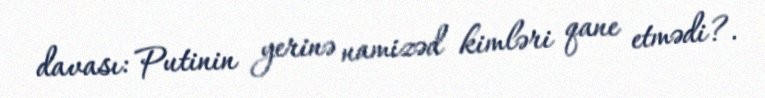
davası: Putinin yerinə namizəd kimləri qane etmədi?.